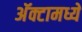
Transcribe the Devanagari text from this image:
अॅक्टामध्यें